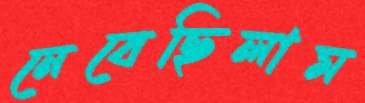
নেবেছিলাম